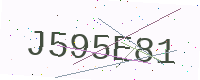
Text: J595E81